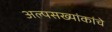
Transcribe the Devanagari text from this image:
अल्पसख्यांकांचे